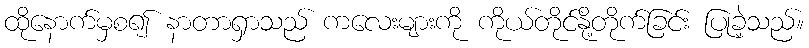
ထိုနောက်မှစ၍ နာတာရှာသည် ကလေးများကို ကိုယ်တိုင်နို့တိုက်ခြင်း ပြုခဲ့သည်။